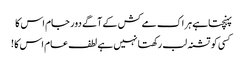
پہنچتاہے ہر اک مے کش کے آگے دور جام اس کا
کسی کو تشنہ لب رکھتا نہیں ہے لطف عام اس کا !